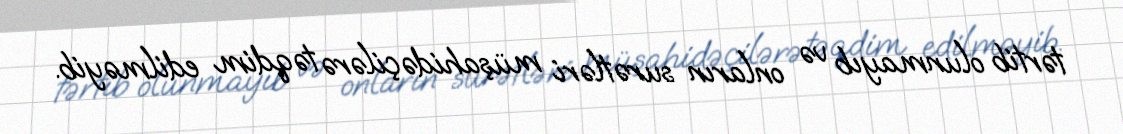
tərtib olunmayıb və onların surətləri müşahidəçilərə təqdim edilməyib.